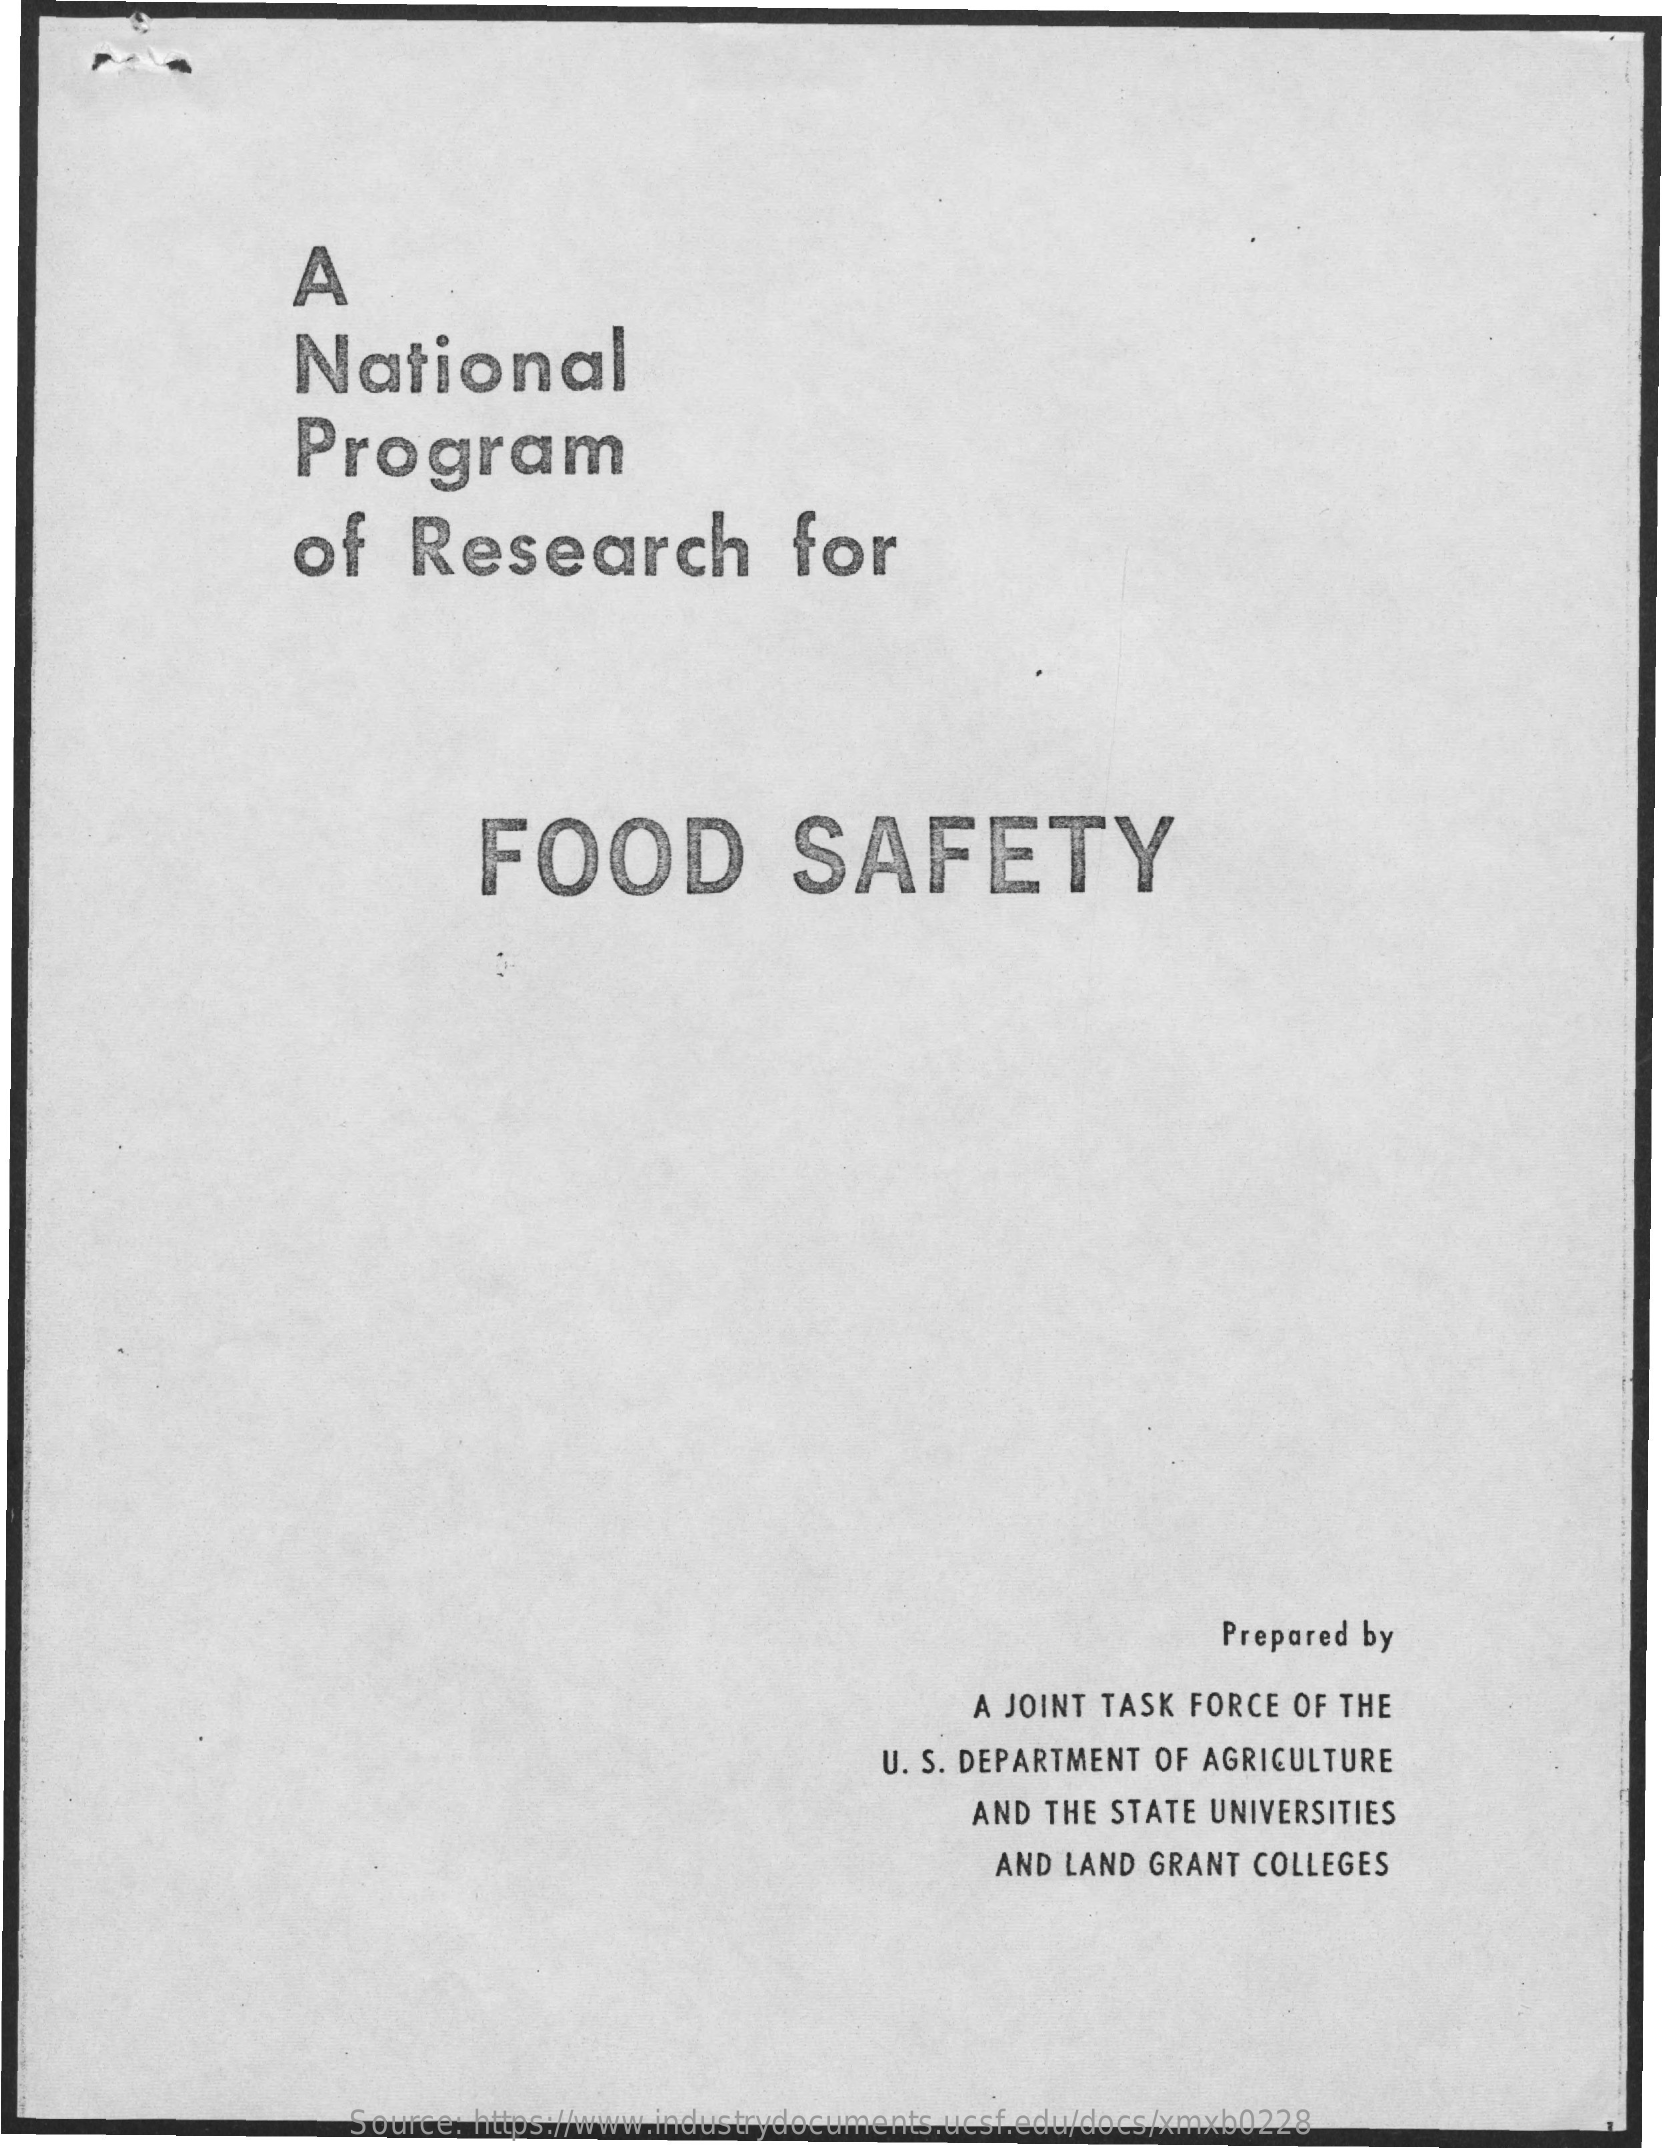
A
     National
     Program
     of    Research    for
     FOOD    SAFETY
     Prepared by
     A JOINT TASK FORCE  OF THE
     U. S. DEPARTMENT OF AGRICULTURE
     AND THE STATE UNIVERSITIES
     AND LAND  GRANT COLLEGES
     Source: https://www.industrydocuments.ucsf.edu/docs/xmxb0228